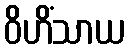
ဝိဟိံသာယ